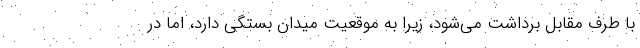
با طرف مقابل برداشت می‌شود، زیرا به موقعیت میدان بستگی دارد، اما در